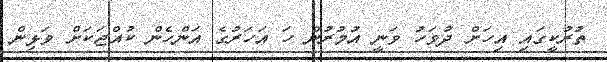
ތުރުކީގައި އިހަށް ދުވަހު ވަނީ އުމުރުން ހަ އަހަރުގެ އަންހެން ކުއްޖަކަށް ވަޅިން